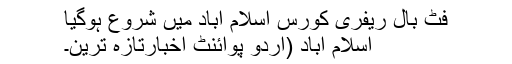
فٹ بال ریفری کورس اسلام آباد میں شروع ہوگیا
اسلام آباد (اُردو پوائنٹ اخبارتازہ ترین۔